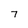
Character: 7